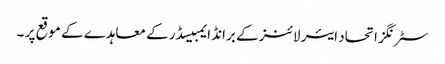
سٹرنگز اتحاد ایئر لائنز کے برانڈ ایمبیسڈر کے معاہدے کے موقع پر ۔